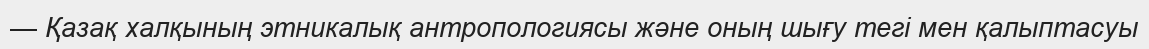
— Қазақ халқының этникалық антропологиясы және оның шығу тегі мен қалыптасуы